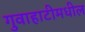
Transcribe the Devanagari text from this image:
गुवाहाटीमधील